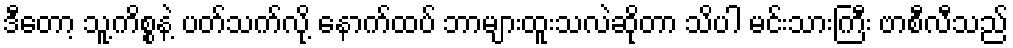
ဒီတော့ သူ့ကိစ္စနဲ့ ပတ်သက်လို့ နောက်ထပ် ဘာများထူးသလဲဆိုတာ သိပါ မင်းသားကြီး ဗာစီလီသည်